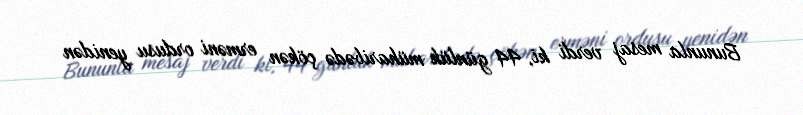
Bununla mesaj verdi ki, 44 günlük müharibədə çökən erməni ordusu yenidən